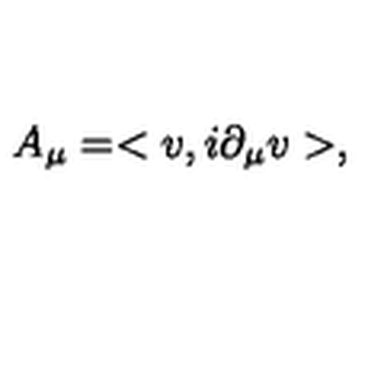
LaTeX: A _ { \mu } = < v , i \partial _ { \mu } v > ,